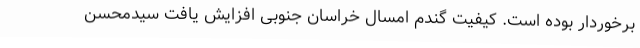
برخوردار بوده است. کیفیت گندم امسال خراسان جنوبی افزایش یافت سیدمحسن